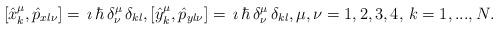
LaTeX: \begin{align*}[\hat{x}^\mu_k,\hat{p}_{x l\nu}]= \,\imath\,\hbar\,\delta^\mu_\nu\,\delta_{kl},[\hat{y}^\mu_k,\hat{p}_{y l\nu}]=\, \imath\,\hbar\,\delta^\mu_\nu\,\delta_{kl},\mu,\nu=1,2,3,4,\, k=1,...,N.\end{align*}